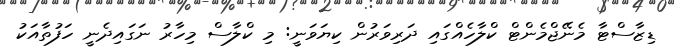
ޑިޒާސްޓާ މެނޭޖްމެންޓް ކްލާހެއްގައި ދަރިވަރުން ކިޔަވަނީ: މި ކްލާސް މިހާރު ނަގައިދެނީ ހަފުތާއަކު